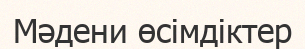
Мәдени өсімдіктер